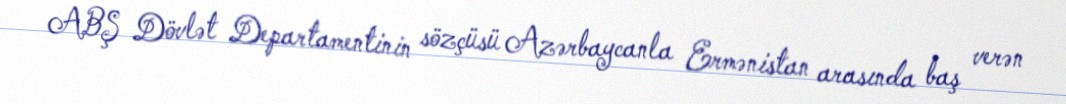
ABŞ Dövlət Departamentinin sözçüsü Azərbaycanla Ermənistan arasında baş verən